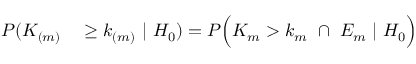
\begin{array} { r l } { P ( K _ { ( m ) } } & { { } \geq k _ { ( m ) } \ | \ H _ { 0 } ) = P \Big ( K _ { m } > k _ { m } \ \cap \ E _ { m } \ | \ H _ { 0 } \Big ) } \end{array}